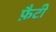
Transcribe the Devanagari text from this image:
फ़ैटी